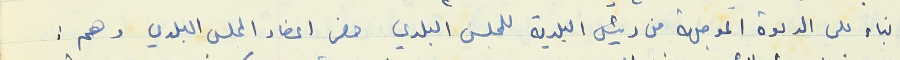
بناء على الدعوة الموجهة من رئيس البلدية للمجلس البلدي حضر اعضاء المجلس البلدي وهم :